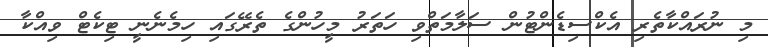
މި ނުރައްކާތެރި އެކްސިޑެންޓުން ސަލާމަތްވި ހަތަރު މީހުންގެ ތެރޭގައި ހިމެނެނީ ޓިކެޓް ވިއްކާ